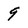
Character: 9